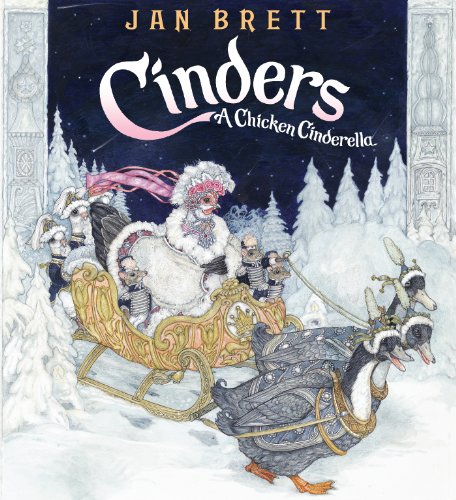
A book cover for Cinders: A Chicken Cinderella; Jan Brett; Children's Books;